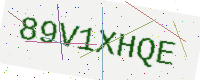
Text: 89V1XHQE